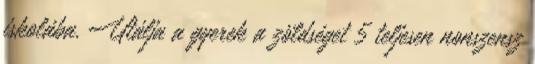
iskolába. Utálja a gyerek a zöldséget 5 teljesen nonszensz